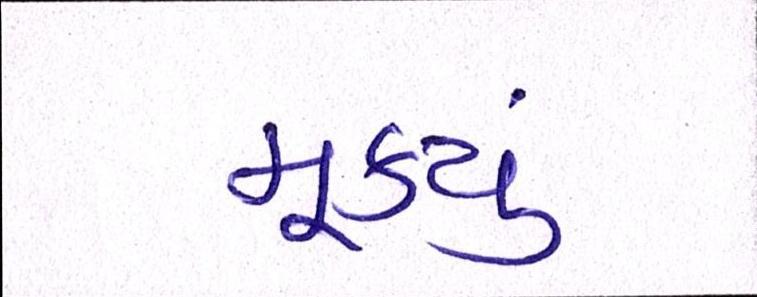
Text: મૂક્યું